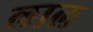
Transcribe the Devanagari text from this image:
लाल